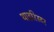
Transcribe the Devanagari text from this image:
थाइरिस्टर